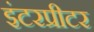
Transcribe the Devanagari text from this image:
इंटरप्रीटर